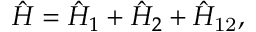
\hat { H } = \hat { H } _ { 1 } + \hat { H } _ { 2 } + \hat { H } _ { \mathrm { 1 2 } } ,